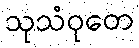
သုသံဝုတေ